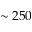
\sim 2 5 0